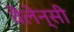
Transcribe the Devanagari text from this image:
वैलेन्सी